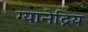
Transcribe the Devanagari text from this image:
ग्यानेद्रिय